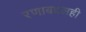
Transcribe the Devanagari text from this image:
रणाबद्दलही